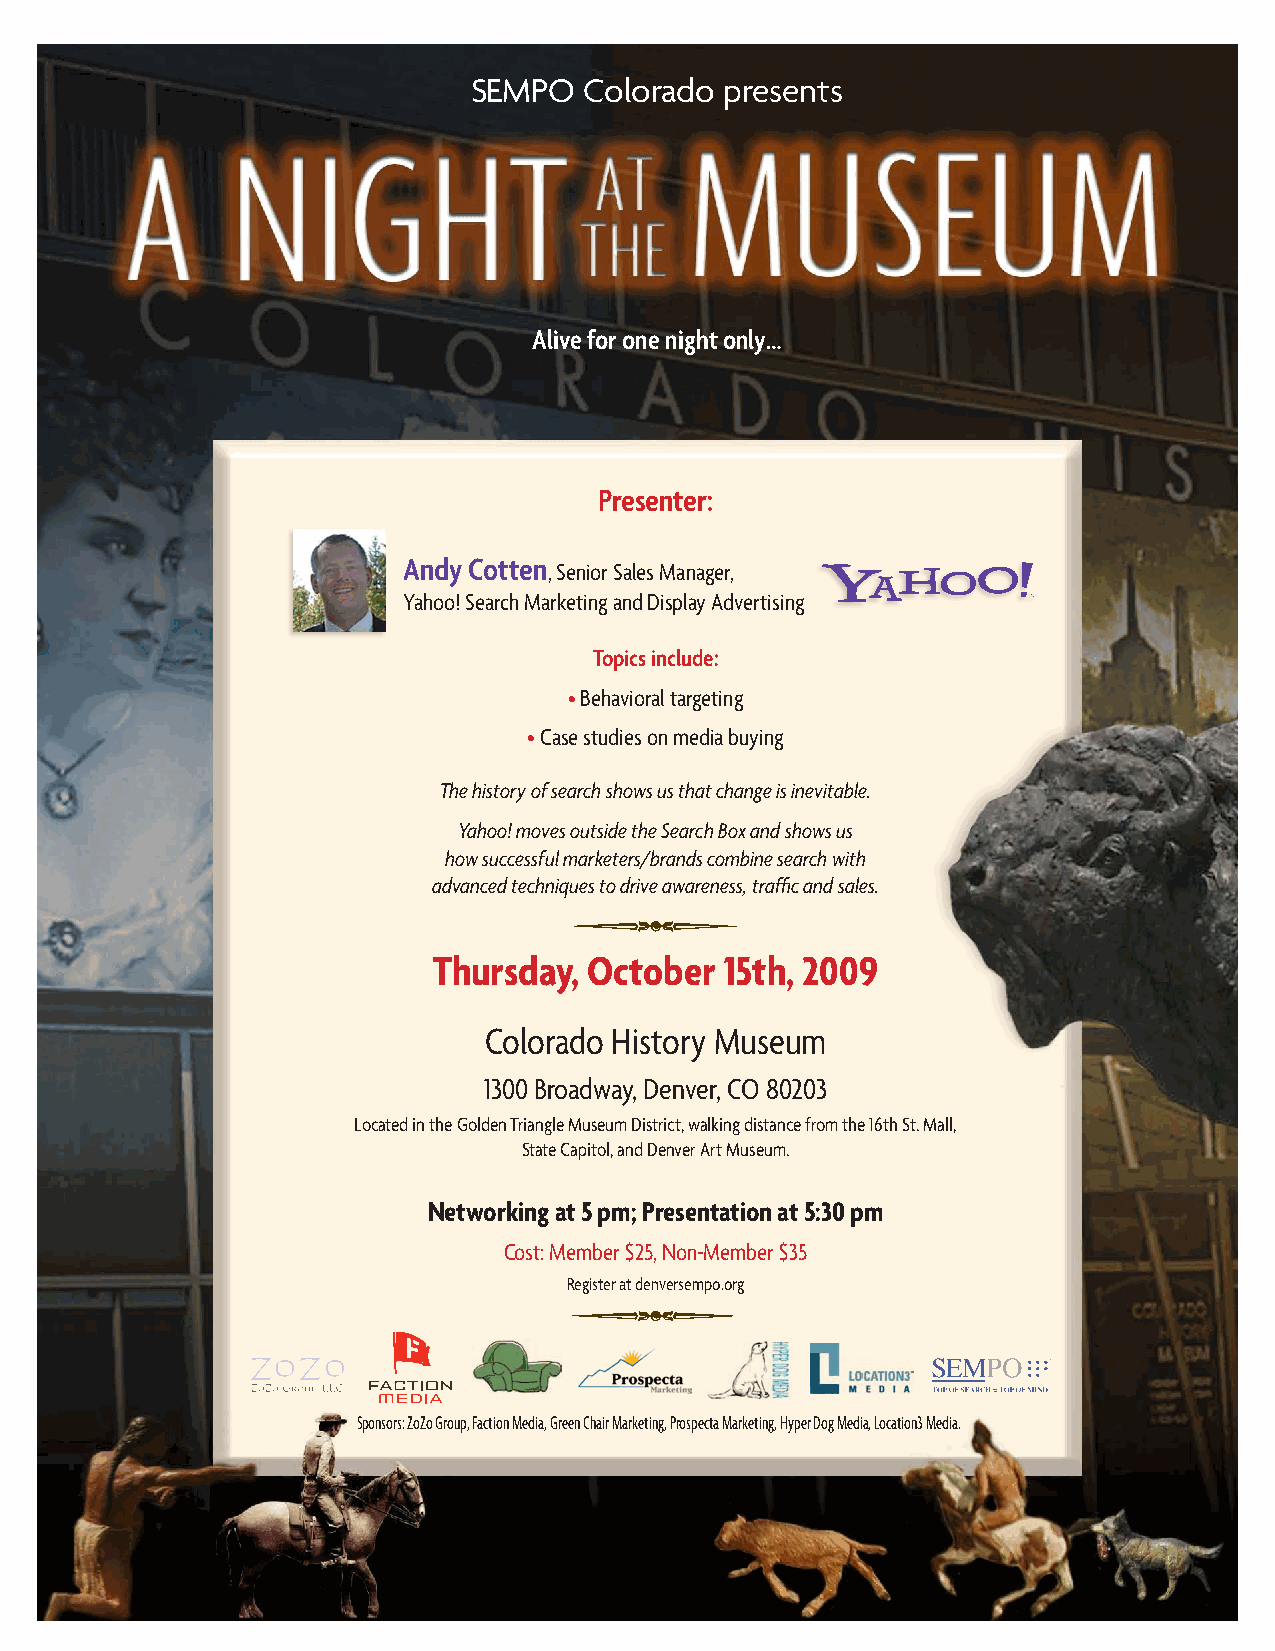
SEMPO   Colorado presents
 Alive for one night only…
 Presenter:
 Andy Cotten
 , Senior Sales Manager,
 Yahoo! Search Marketing and Display Advertising
 Topics include:
 • Behavioral targeting
 • Case studies on media buying
 The history of search shows us that change is inevitable.
 Yahoo! moves outside the Search Box and shows us
 how successful marketers/brands combine search with
 advanced techniques to drive awareness, traffic and sales.
 Thursday, October  15th, 2009
 Faction Media Logotype
 Font: based on Bank Gothic
 Spot Color: Red 1795U, GrCay 4o40lUorado History Museum
 CMYK: Red 0/94/100/0, Gray 82/76/100/30
 Web Safe Hex: Red FF3333, Gray 333333
 1300 Broadway, KDeepe Elnemvenets r1 ,f lCag wOidth 8apa0rt2 fr0om3 logo Insignia
 2 color Reversed
 Lhoocriazotnetdal in the Golden Triangle Museum Disthroicritzo, nwtaallking distance from the 16th St. Mall,
 State Capitol, and Denver Art Museum.
 Networking at 5 pm; Presentation at 5:30 pm
 horizontal alternate horizontal alternate 1 Color Reversed
 (use with left edge bleed) (use with left edge bleed)
 Cost: Member $25, Non-Member $35
 Register at denversempo.org
 vertical vertical alternate vertical vertical alternate
 (use with top edge bleed) (use with top edge bleed)
 Sponsors: ZoZo Group, Faction Media, Green Chair Marketing, Prospecta Marketing, Hyper Dog Media, Location3 Media.
 vertical alternate  vertical alternate   vertical alternate
 roloc
 topS
 roloC
 enO
 desreveR